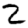
Digit: 2